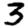
Digit: 3